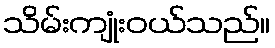
သိမ်းကျုံးဝယ်သည်။